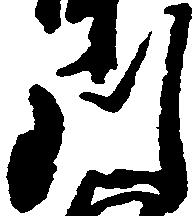
川